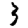
Digit: 3